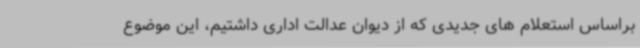
براساس استعلام های جدیدی که از دیوان عدالت اداری داشتیم، این موضوع